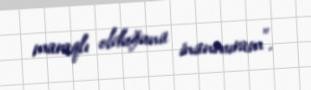
maraqlı olduğuna inanmıram".